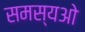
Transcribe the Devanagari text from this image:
समस्यओ